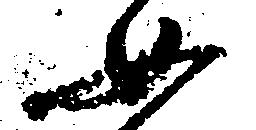
如